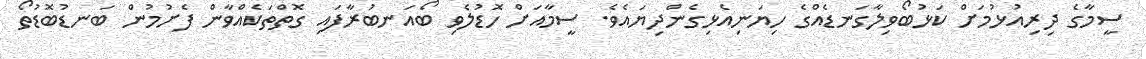
ސީމާގެ ދިރިއުޅުމަށް ކަޅުބޯވިލާގަނޑެެއްގެ ހިޔަނިއެޅިގެންދިޔައެވެ. ސީމާއަށް ހޮޑުލެވި ބޯއަނބުރާފައި ގޮތްތަކެއްވާން ފެށުމުން ބަނޑުބޮޑުތޯ